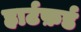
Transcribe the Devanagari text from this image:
हार्टफ़र्ड